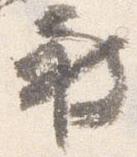
被